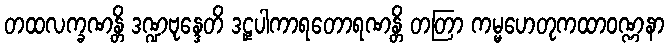
တထလက္ခဏန္တိ ဒဏ္ဍဗုန္ဒေတိ ဒဠှပါကာရတောရဏန္တိ တတြာ ကမ္မဟေတုကထာဝဏ္ဏနာ